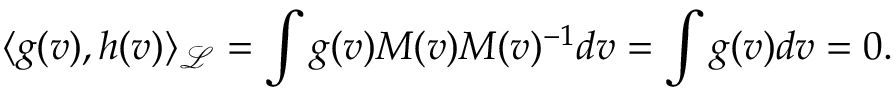
\langle g ( v ) , h ( v ) \rangle _ { \mathcal { L } } = \int g ( v ) M ( v ) M ( v ) ^ { - 1 } d v = \int g ( v ) d v = 0 .